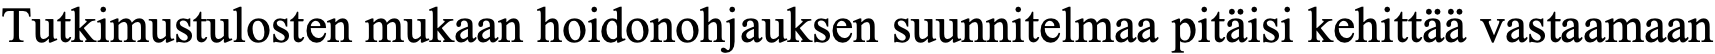
Tutkimustulosten mukaan hoidonohjauksen suunnitelmaa pitäisi kehittää vastaamaan